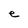
Character: e